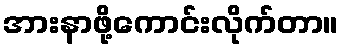
အားနာဖို့ကောင်းလိုက်တာ။